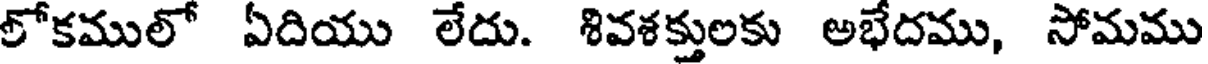
లోకములో ఏదియు లేదు. శివశక్తులకు అభేదము, సోమము